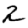
Digit: 2